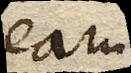
eam